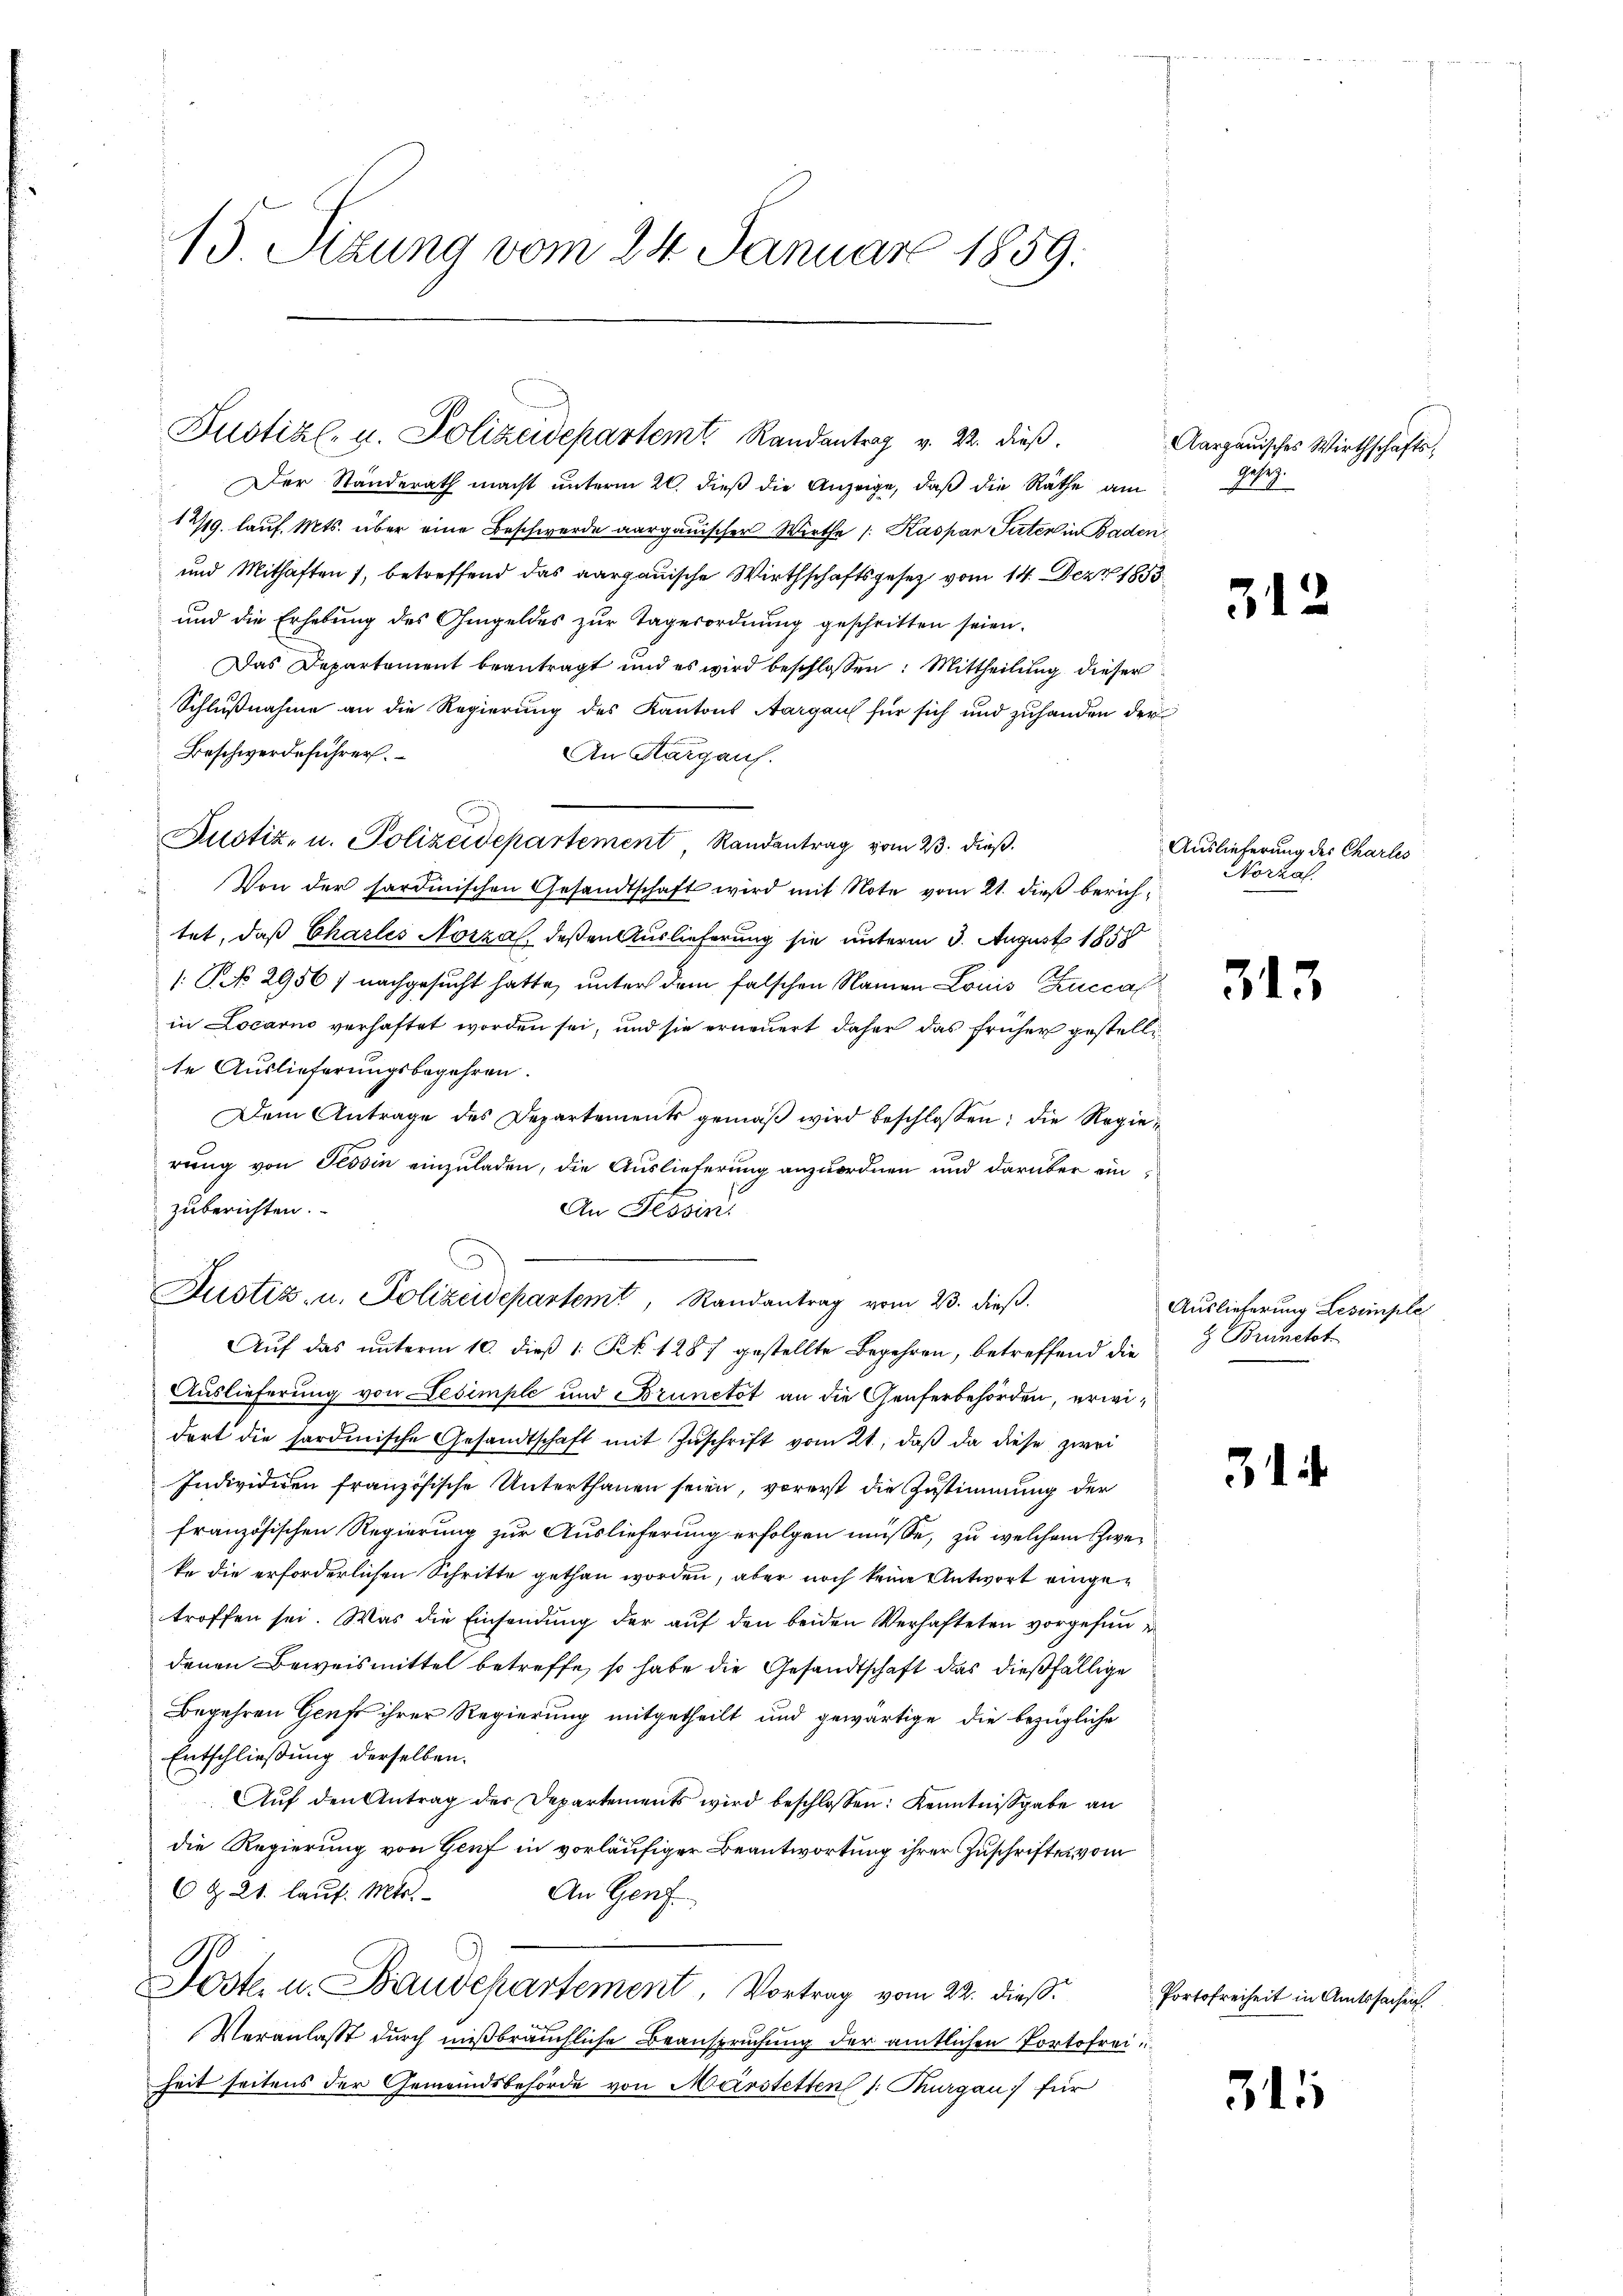
15 Sizung vom 24. Januar 1859.

Der Standerath macht unterm 20. dieß die Anzeige, daß die Räthe am
1749. lauf. Mts. über eine Beschwerde aargauischer Wirthe / Kaspar Suter in Baden
und Mithaften, betreffend das aargauische Wirthschaftsgesetz vom 14. Dez. 1853
und die Erhebŭng des Ohmgeldes zŭr Tagesordnŭng geschritten seien.
Das Departement beantragt und es wird beschlossen: Mittheilŭng dieser
Schlußnahme an die Regierung des Kantons Aargaus für sich und zuhanden der
Beschwerdeführer.
An Kurgauf.
Pustiz- u. Polizeidepartement Randantrag vom 23. dieß.
Von der sardinischen Gesandtschaft wird mit Note vom 21. dieß berichtet, daß Charlis Norza deßen Auslieferung sie unterm 3. August 1858
/: No 2956, nachgesucht hatte, unter dem falschen Namen Louis Luccal
in Locarno verhaftet worden sei, und sie erneuert daher das früher gestellite Auslieferungsbegehren.
Dem Antrage des Departements gemäβ wird beschlossen: die Regierung von Tessin einzuladen, die Auslieferung anzuordnen und darüber einzuberichten.
An Tessin
Justiz- u. Polizeidepartemt, Randantrag vom 23. dieß.
Aŭf das unterm 10. dieß 1: Pct. 1287 gestellte Begehren, betreffend die
Auslieferung von Lesimple und Brunetot an die Genferbehörden, erwidort die sardinische Gesandtschaft mit Zŭschrift vom 21., daß da diese zwei
Individiren französische Unterthanen seien, vorerst die Zustimmung der
französischen Regierung zur Auslieferung erfolgen müsse, zu welchem schweke die erforderlichen Schritte gethan worden, aber noch keine Antwort eingetroffen sei. Was die Einsendung der auf den beiden Verhafteten vorgehendenen Beweismittel betreffe, so habe die Gesandtschaft das dießfällige
Begehren Genf ihrer Regierung mitgetheilt und gewärtige die bezügliche
Entschließung derselben.
Aŭf den Antrag der Departements wird beschlossen: Kenntniβgabe an
die Regierung von Genf in vorläufiger Beantwortung ihrer Zuschriften vom
6 Z. 21. lauf. Mts.
An Genf.
Poste u. Bauschartement, Vortrag vom 22. dieß.
Veranlasst durch mißbräuchliche Beanspruchung der amtlichen Portofrei u.
heit seitens der Gemeindsbehörde von Marstetten 1: Thurgau für

Justiz- u. Polizeidepartem Randantrag v. 22. dieß.

Aargauisches Wirthschafts¬
Gesez

34

Auslieferung des Charles
Norzal

313

Auslieferung Lesimple
 Brunetot

3

2

Portofreiheit in Amtssachen.

311